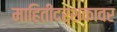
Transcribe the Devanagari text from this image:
माहितीदर्शकावर